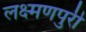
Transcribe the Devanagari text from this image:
लक्ष्मणपुरी